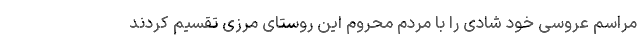
مراسم عروسی خود شادی را با مردم محروم این روستای مرزی تقسیم کردند